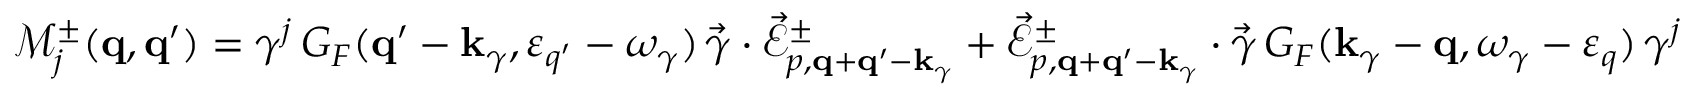
\begin{array} { r } { \mathcal { M } _ { j } ^ { \pm } ( { \bf q } , { \bf q } ^ { \prime } ) = \gamma ^ { j } \, G _ { F } ( { \bf q } ^ { \prime } - { \bf k } _ { \gamma } , \varepsilon _ { q ^ { \prime } } - \omega _ { \gamma } ) \, \vec { \gamma } \cdot \vec { \mathcal { E } } _ { p , { \bf q } + { \bf q } ^ { \prime } - { \bf k } _ { \gamma } } ^ { \pm } + \vec { \mathcal { E } } _ { p , { \bf q } + { \bf q } ^ { \prime } - { \bf k } _ { \gamma } } ^ { \pm } \cdot \vec { \gamma } \, G _ { F } ( { \bf k } _ { \gamma } - { \bf q } , \omega _ { \gamma } - \varepsilon _ { q } ) \, \gamma ^ { j } } \end{array}